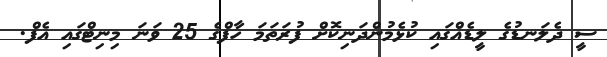
ސީ ދެލަނޑުގެ ލީޑެއްގައި ކުޅެމުންދަނިކޮށް ފުރަތަމަ ހާފްގެ 25 ވަނަ މިނިޓްގައި އެފް.